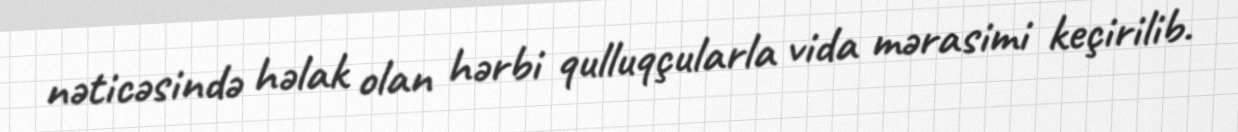
nəticəsində həlak olan hərbi qulluqçularla vida mərasimi keçirilib.